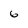
Character: 6